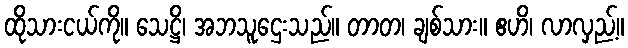
ထိုသားငယ်ကို။ သေဋ္ဌိ၊ အဘသူဌေးသည်။ တာတ၊ ချစ်သား။ ဧဟိ၊ လာလှည့်။